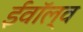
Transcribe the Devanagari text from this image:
ईवॉल्व